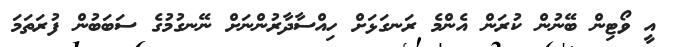
އީ ވޯޓިން ބޭނުން ކުރަން އެންމެ ރަނގަޅަށް ހިއްސާދާރުންނަށް ނޭނގުމުގެ ސަބަބުން ފުރަތަމަ